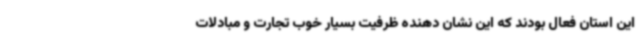
این استان فعال بودند که این نشان دهنده ظرفیت بسیار خوب تجارت و مبادلات